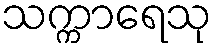
သက္ကာရေသု